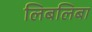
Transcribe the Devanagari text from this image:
लिबलिबा